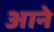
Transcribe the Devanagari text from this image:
अाने